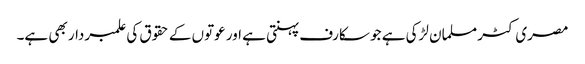
مصری کٹر مسلمان لڑکی ہے جو سکارف پہنتی ہے اور عوتوں کے حقوق کی علمبردار بھی ہے۔